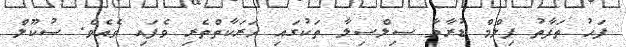
ފަހު ތަފާތު ފިލްމް ޑުރާމާ ސިލްސިލާ ތަކުގައި ހަރަކާތްތެރި ވެފައި ވެއެވެ. ސުކޫލް